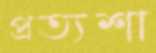
প্রত্যশা